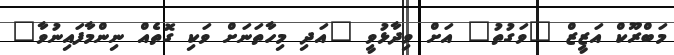
މަބްރޫކް އަޒީޒް "ވަގުތު" އަށް ވިދާޅުވީ "އަދި މިހާތަނަށް ވަކި ގޮތެއް ނިންމާފައިނުވާ"